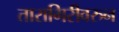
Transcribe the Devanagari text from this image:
तारागिरीवरुन